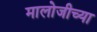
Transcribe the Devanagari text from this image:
मालोजीच्या